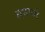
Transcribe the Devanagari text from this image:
श्रमवर्ग